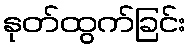
နုတ်ထွက်ခြင်း